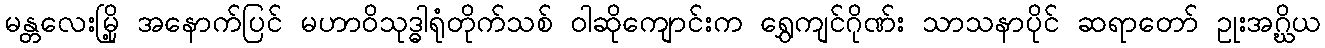
မန္တလေးမြို့ အနောက်ပြင် မဟာဝိသုဒ္ဓါရုံတိုက်သစ် ဝါဆိုကျောင်းက ရွှေကျင်ဂိုဏ်း သာသနာပိုင် ဆရာတော် ဥုးအဂ္ဃိယ